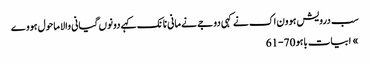
سب درویش ہوون اک نے کہی دوجے نے مانی نانک کہے دونوں گیانی والا ماحول ہووے
» ابیات باہو 70-61